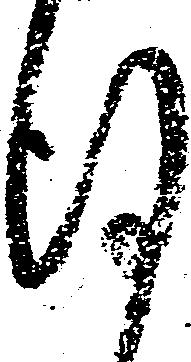
謹